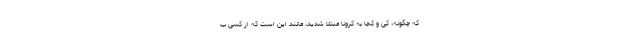
که چگونه، کی و کجا به کرونا مبتلا شدید، مانند این است که از کسی ب